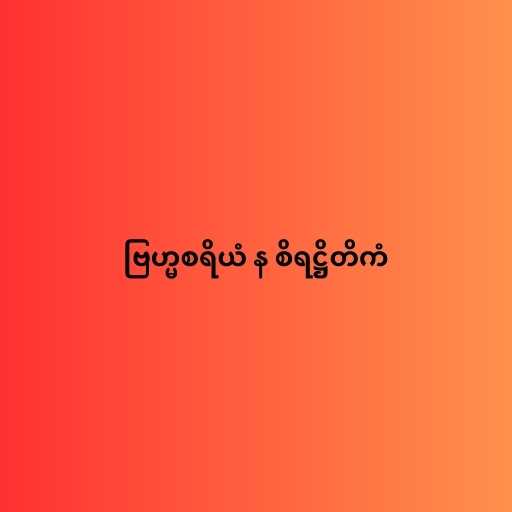
ဗြဟ္မစရိယံ န စိရဋ္ဌိတိကံ